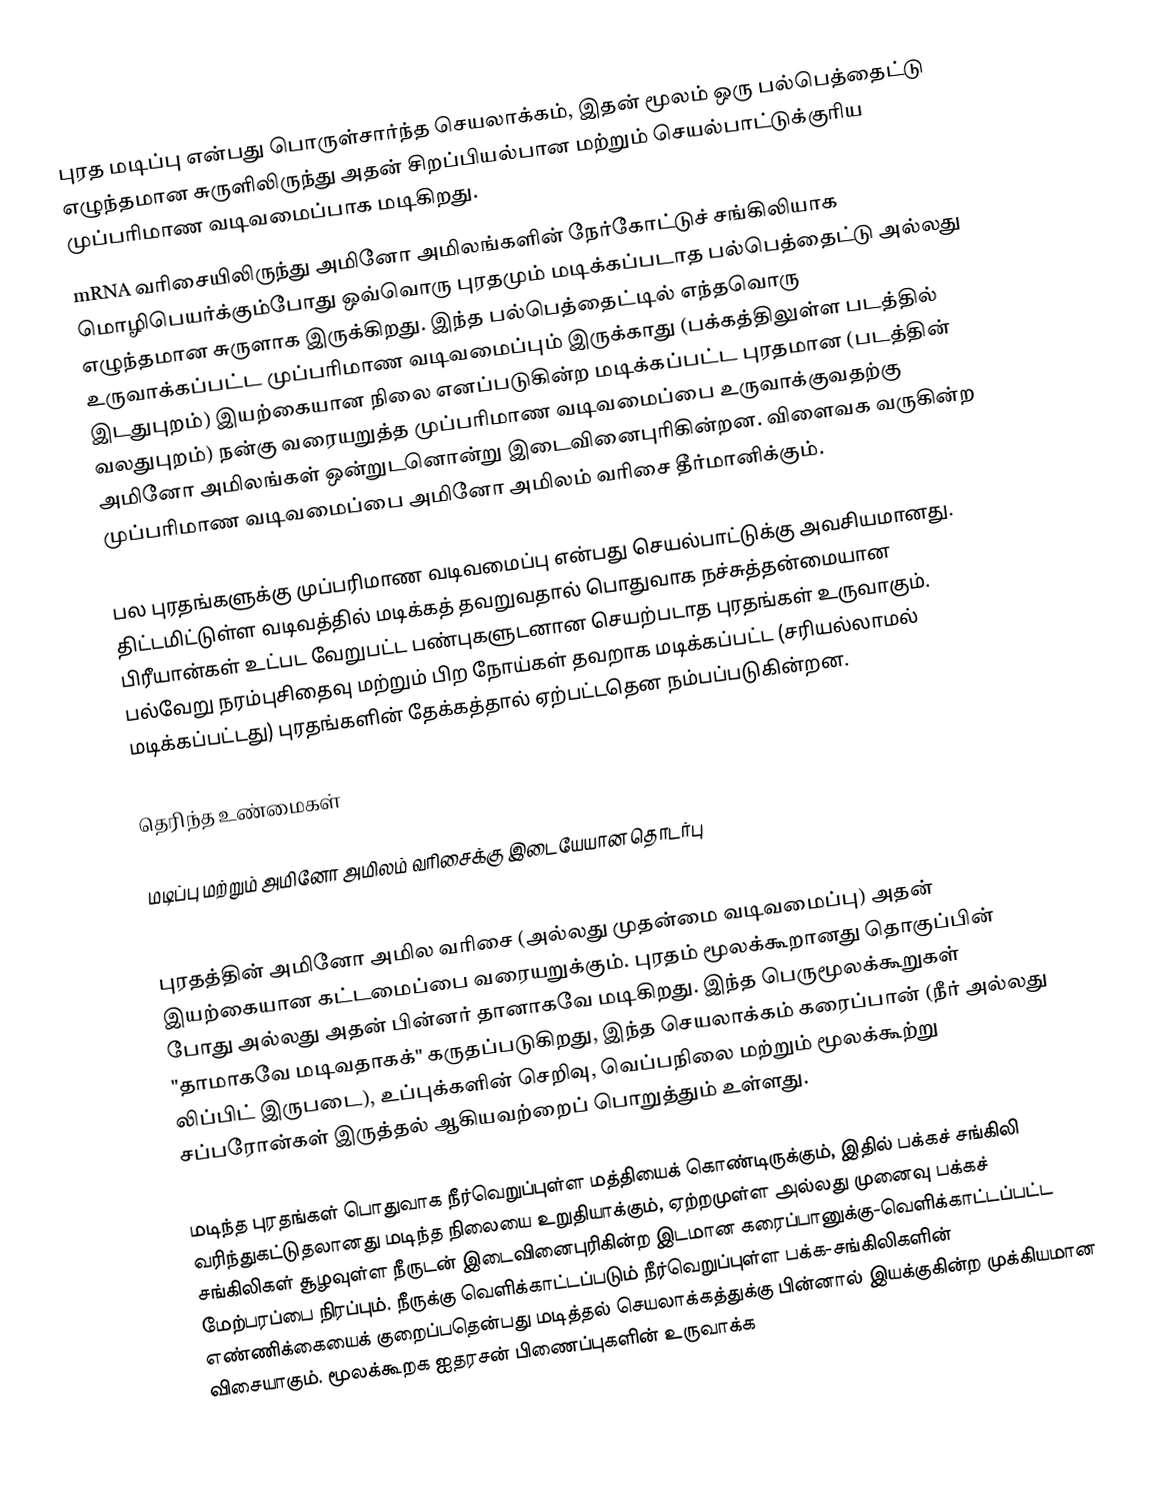
புரத மடிப்பு  என்பது பொருள்சார்ந்த செயலாக்கம், இதன் மூலம் ஒரு பல்பெத்தைட்டு எழுந்தமான சுருளிலிருந்து அதன் சிறப்பியல்பான மற்றும் செயல்பாட்டுக்குரிய முப்பரிமாண வடிவமைப்பாக மடிகிறது.
mRNA வரிசையிலிருந்து அமினோ அமிலங்களின் நேர்கோட்டுச் சங்கிலியாக மொழிபெயர்க்கும்போது ஒவ்வொரு புரதமும் மடிக்கப்படாத பல்பெத்தைட்டு அல்லது எழுந்தமான சுருளாக இருக்கிறது. இந்த பல்பெத்தைட்டில் எந்தவொரு உருவாக்கப்பட்ட முப்பரிமாண வடிவமைப்பும் இருக்காது (பக்கத்திலுள்ள படத்தில் இடதுபுறம்) இயற்கையான நிலை எனப்படுகின்ற மடிக்கப்பட்ட புரதமான (படத்தின் வலதுபுறம்) நன்கு வரையறுத்த முப்பரிமாண வடிவமைப்பை உருவாக்குவதற்கு அமினோ அமிலங்கள் ஒன்றுடனொன்று இடைவினைபுரிகின்றன. விளைவக வருகின்ற முப்பரிமாண வடிவமைப்பை அமினோ அமிலம் வரிசை தீர்மானிக்கும்.

பல புரதங்களுக்கு முப்பரிமாண வடிவமைப்பு என்பது செயல்பாட்டுக்கு அவசியமானது. திட்டமிட்டுள்ள வடிவத்தில் மடிக்கத் தவறுவதால் பொதுவாக நச்சுத்தன்மையான பிரீயான்கள் உட்பட வேறுபட்ட பண்புகளுடனான செயற்படாத புரதங்கள் உருவாகும். பல்வேறு நரம்புசிதைவு மற்றும் பிற நோய்கள் தவறாக மடிக்கப்பட்ட  (சரியல்லாமல் மடிக்கப்பட்டது) புரதங்களின் தேக்கத்தால் ஏற்பட்டதென நம்பப்படுகின்றன.

தெரிந்த உண்மைகள்

மடிப்பு மற்றும் அமினோ அமிலம் வரிசைக்கு இடையேயான தொடர்பு

புரதத்தின் அமினோ அமில வரிசை (அல்லது முதன்மை வடிவமைப்பு) அதன் இயற்கையான கட்டமைப்பை வரையறுக்கும். புரதம் மூலக்கூறானது தொகுப்பின் போது அல்லது அதன் பின்னர் தானாகவே மடிகிறது. இந்த பெருமூலக்கூறுகள் "தாமாகவே மடிவதாகக்" கருதப்படுகிறது, இந்த செயலாக்கம் கரைப்பான் (நீர் அல்லது லிப்பிட் இருபடை), உப்புக்களின் செறிவு, வெப்பநிலை மற்றும் மூலக்கூற்று சப்பரோன்கள் இருத்தல் ஆகியவற்றைப் பொறுத்தும் உள்ளது.

மடிந்த புரதங்கள் பொதுவாக நீர்வெறுப்புள்ள மத்தியைக் கொண்டிருக்கும், இதில் பக்கச் சங்கிலி வரிந்துகட்டுதலானது மடிந்த நிலையை உறுதியாக்கும், ஏற்றமுள்ள அல்லது முனைவு பக்கச் சங்கிலிகள் சூழவுள்ள நீருடன் இடைவினைபுரிகின்ற இடமான கரைப்பானுக்கு-வெளிக்காட்டப்பட்ட மேற்பரப்பை நிரப்பும். நீருக்கு வெளிக்காட்டப்படும் நீர்வெறுப்புள்ள பக்க-சங்கிலிகளின் எண்ணிக்கையைக் குறைப்பதென்பது மடித்தல் செயலாக்கத்துக்கு பின்னால் இயக்குகின்ற முக்கியமான விசையாகும். மூலக்கூறக ஐதரசன் பிணைப்புகளின் உருவாக்க